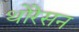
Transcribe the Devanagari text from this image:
थोरेसन